Report on the lunatic asylums under the Government of Bombay - 1904-1913
Year: 1904
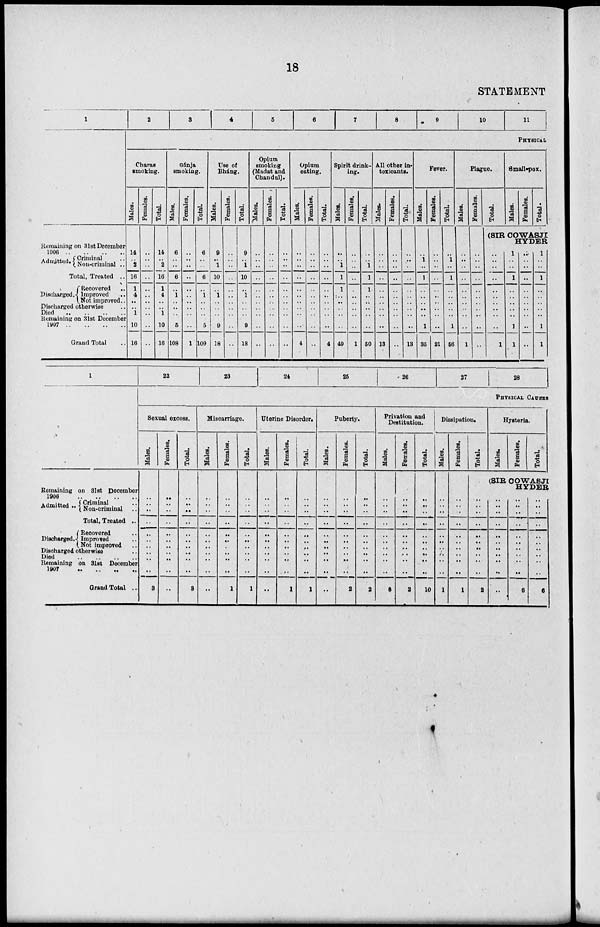
18
STATEMENT
1
Remaining on 31st December
1906
..
..
..
..
Admitted. Criminal ..
Non-criminal ..
Total, Treated ..
Discharged .
Recovered
..
Improved ..
Not improved ..
Discharged otherwise ..
Died
..
..
..
..
Remaining on 31st December
1907
..
..
..
Grand Total ..
2
3
4
5
6
7
8
9
10
11
PHYSICAL
Charas
smoking.
Males.
14
..
2
16
1
4
..
..
1
10
16
Females.
..
..
..
..
..
..
..
..
..
..
..
Total.
14
..
2
16
1
4
..
..
1
10
16
Gánja
smoking.
Males.
6
..
..
6
..
1
..
..
..
5
108
Females.
..
..
..
..
..
..
..
..
..
..
1
Total.
6
..
..
6
..
1
..
..
..
5
109
Use of
Bháng.
Males.
9
..
1
10
..
1
..
..
..
9
18
Females.
..
..
..
..
..
..
..
..
..
..
..
Total.
9
..
1
10
..
1
..
..
..
9
18
Opium
smoking
(Madat and
Chandul).
Males.
..
..
..
..
..
..
..
..
..
..
..
Females.
..
..
..
..
..
..
..
..
..
..
..
Total.
..
..
..
..
..
..
..
..
..
..
..
Opium
eating.
Males.
..
..
..
..
..
..
..
..
..
..
4
Females.
..
..
..
..
..
..
..
..
..
..
..
Total.
..
..
..
..
..
..
..
..
..
..
4
Spirit drink-
ing.
Males.
..
..
1
1
1
..
..
..
..
..
49
Females.
..
..
..
..
..
..
..
..
..
..
1
Total.
..
..
1
1
1
..
..
..
..
..
50
All other in-
toxicants.
Males.
..
..
..
..
..
..
..
..
..
..
13
Females.
..
..
..
..
..
..
..
..
..
..
..
Total.
..
..
..
..
..
..
..
..
..
..
13
Fever.
Males.
..
1
..
1
..
..
..
..
..
1
35
Females.
..
..
..
..
..
..
..
..
..
..
21
Total.
..
1
..
1
..
..
..
..
..
1
56
Plague.
Males.
..
..
..
..
..
..
..
..
..
..
1
Females.
..
..
..
..
..
..
..
..
..
..
..
Total.
Small-pox.
Males.
Females.
Total.
(SIR COWASJI
..
..
..
..
..
..
..
..
..
..
1
HYDER
1
..
..
1
..
..
..
..
..
1
1
..
..
..
..
..
..
..
..
..
..
..
1
..
..
1
..
..
..
..
..
1
1
1
Remaining on 31st December
1908
..
..
..
..
Admitted .. Criminal ..
Non-criminal ..
Total, Treated ..
Discharged.
Recovered ..
Improved ..
Not improved ..
Discharged otherwise ..
Died
..
..
..
..
Remaining on 31st December
1907 .. .. .. ..
Grand Total ..
22
23
24
25
26
27
28
PHYSICAL CAUSES
Sexual excess.
Males.
..
..
..
..
..
..
..
..
..
..
3
Females.
..
..
..
..
..
..
..
..
..
..
..
Total.
..
..
..
..
..
..
..
..
..
..
3
Miscarriage.
Males.
..
..
..
..
..
..
..
..
..
..
..
Females.
..
..
..
..
..
..
..
..
..
..
1
Total.
..
..
..
..
..
..
..
..
..
..
1
Uterine Disorder.
Males.
..
..
..
..
..
..
..
..
..
..
..
Females.
..
..
..
..
..
..
..
..
..
..
1
Total.
..
..
..
..
..
..
..
..
..
..
1
Puberty.
Males.
..
..
..
..
..
..
..
..
..
..
..
Females.
..
..
..
..
..
..
..
..
..
..
2
Total.
..
..
..
..
..
..
..
..
..
..
2
Privation and
Destitution.
Males.
..
..
..
..
..
..
..
..
..
..
8
Females.
..
..
..
..
..
..
..
..
..
..
2
Total.
..
..
..
..
..
..
..
..
..
..
10
Dissipation.
Males.
..
..
..
..
..
..
..
..
..
..
1
Females.
..
..
..
..
..
..
..
..
..
..
1
Total.
..
..
..
..
..
..
..
..
..
..
2
Hysteria.
Males.
Females.
Total.
(SIR COWASJI
HYDER
..
..
..
..
..
..
..
..
..
..
..
..
..
..
..
..
..
..
..
..
..
6
..
..
..
..
..
..
..
..
..
..
6